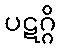
ပဋဂ္ဂိ